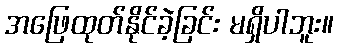
အဖြေထုတ်နိုင်ခဲ့ခြင်း မရှိပါဘူး။